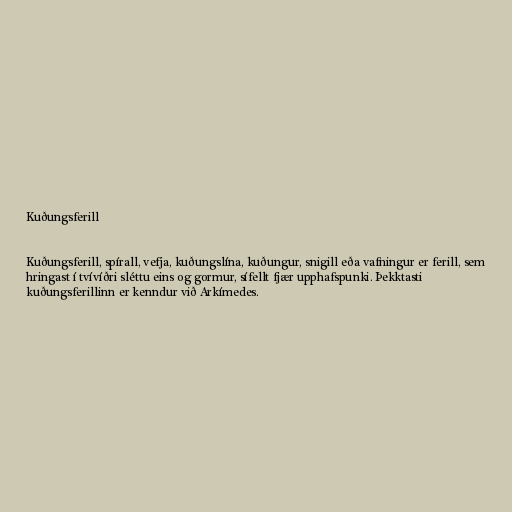
Kuðungsferill

Kuðungsferill, spírall, vefja, kuðungslína, kuðungur, snigill eða vafningur er ferill, sem
hringast í tvívíðri sléttu eins og gormur, sífellt fjær upphafspunki. Þekktasti
kuðungsferillinn er kenndur við Arkímedes.